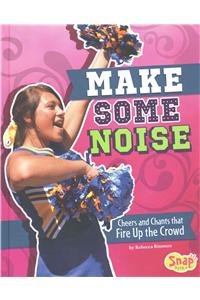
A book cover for Make Some Noise: Cheers and Chants that Fire Up the Crowd (Cheer Spirit); Rebecca Rissman; Children's Books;